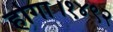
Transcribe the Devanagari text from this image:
होगा।१४९२